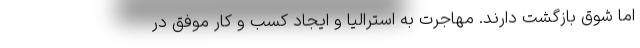
اما شوق بازگشت دارند. مهاجرت به استرالیا و ایجاد کسب و کار موفق در